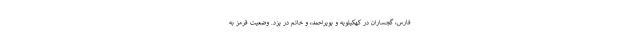
فارس، گچساران در کهکیلویه و بویراحمد، و خاتم در یزد. وضعیت قرمز به